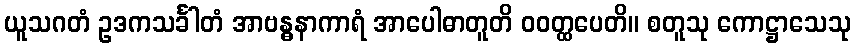
ယူသဂတံ ဥဒကသင်္ခါတံ အာဗန္ဓနာကာရံ အာပေါဓာတူတိ ဝဝတ္ထပေတိ။ စတူသု ကောဋ္ဌာသေသု